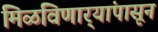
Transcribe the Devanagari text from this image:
मिळविणार्‍यांपासून